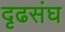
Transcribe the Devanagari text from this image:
दृढसंघ